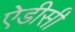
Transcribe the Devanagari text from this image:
ऐडीसी